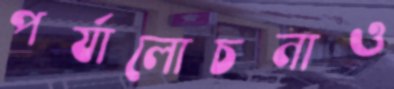
পর্যালোচনাও